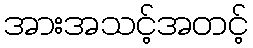
အားအသင့်အတင့်